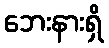
ဘေးနားရှိ